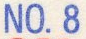
NO. 8